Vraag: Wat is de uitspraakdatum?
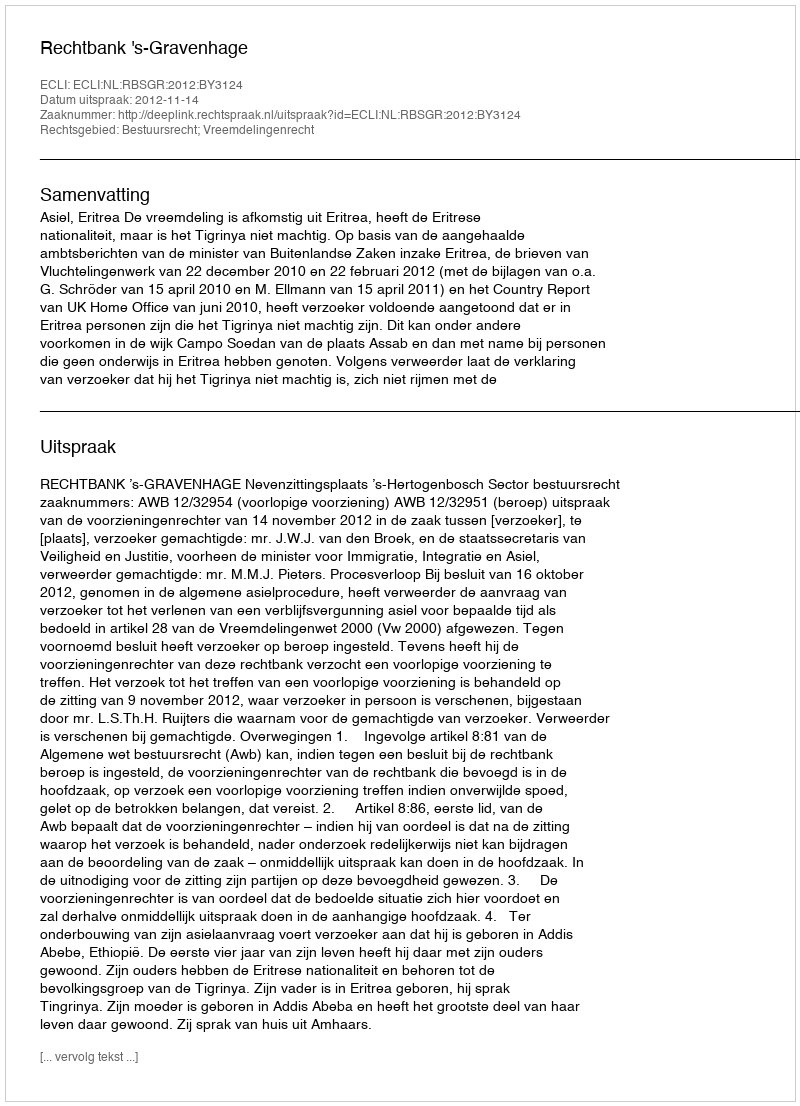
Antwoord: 2012-11-14